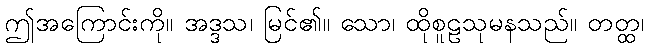
ဤအကြောင်းကို။ အဒ္ဒသ၊ မြင်၏။ သော၊ ထိုစူဠသုမနသည်။ တတ္ထ၊